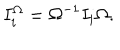
I _ { i } ^ { \Omega } = \Omega ^ { - 1 } I _ { i } \Omega .